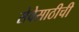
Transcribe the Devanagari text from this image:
सेवेसाठीची